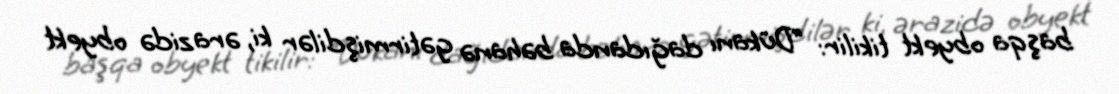
başqa obyekt tikilir: “Dükanı dağıdanda bəhanə gətirmişdilər ki, ərazidə obyekt